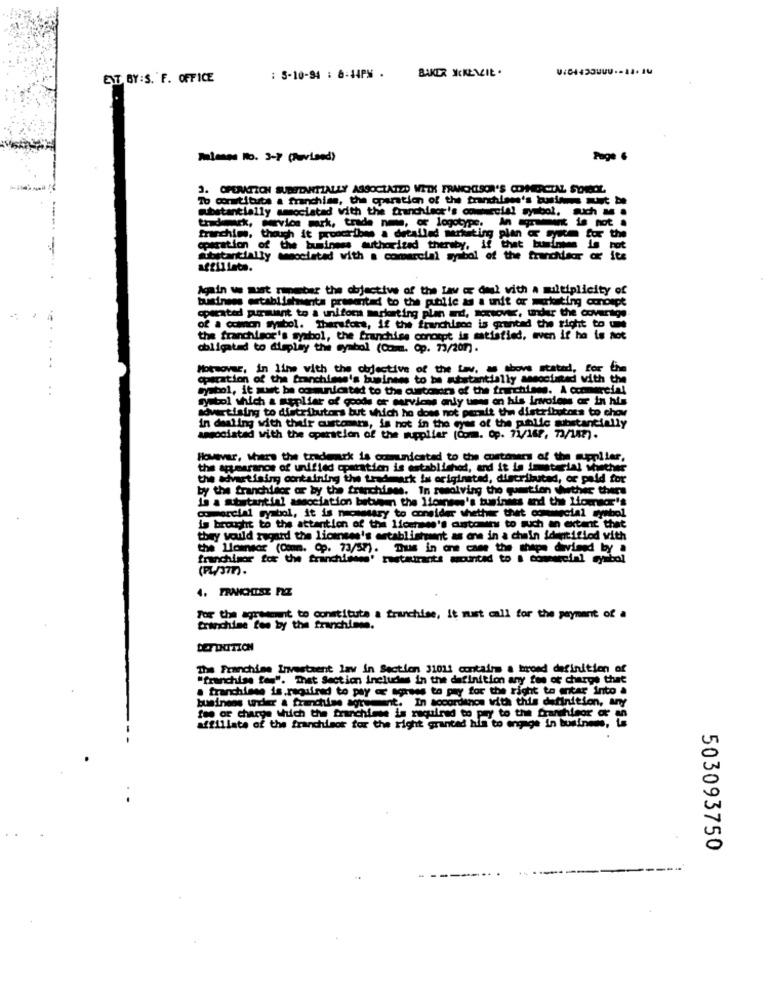
BAKER MCKENZIE .
EXT BY:S. F. OFFICE
: 5-10-94 : 6:44PM .
Planes No. 3-7 (Puvised)
Page 6
3. OPERATION SUBTENNITIALLY ASSOCIATED WITH FRANCIISON'S CHHIERCTAL SOROL
To constitute a franchise, the operation of the franchises's buntes must be
substantially associated with the franchisor's commercial symbol, such M .
trademark, wevice mark, trade ne, of logotype. in ren is not .
franchims, though it proochribes a detailed marketing plan @ cm for the
operation of the business authorized thereby, if that business is net
substantially sesociatad with a comercial symbol of the franchisor or its
affiliate.
Again we must ripeber the objective of the Law or deal with a multiplicity of
business establishments presented to the public as a unit ar marketing concept
operated pursuant to a uniform marketing plan ad, sortover, under the coverage.
of a common symbol. Therefore, If the franchisce is granted the right to the
the franchisor's symbol, the franchise concept is satisfied, even if ho is not
obligated to display the symbol (Comm. Op. 73/2077).
Motwovar, in line with the objective of the Law, as above stated, for Che
operation of the franchisse's business to be whatantially associated with the
Symbol, it must be communicated to the customers of the franchises. A commercial
bol which a Repliar of goods or marviens only unes on his invoions or in his
sovertising to distributors but which he does not parait the distributors to chow
in dealing with their customers, is hot in the eyes of the public substantially
associated with the operation of the meplier [Comm. Op. 71/167, 73/147).
However, where the trademark is communicated to the customers of the supplier,
the armaranos of unified operation is established, and it is imaterial whether
the advertising containing the tradmark is originated, distributad, or paid for
by the franchisor or by the franchises. In resolving the question whether there
In a statantial association between the licenses's business and the liomacr's
comercial symbol, it is necessary to consider whether thet commercial symbol
is brought to the attention of the Iformes's customers to such an extent that
they would regard the licenses's establishment as one in a chain identifiod with
the llomnsor (Comm. Cp. 73/57). Thus in one came the shape divised by a
franchisor for the franchisees' restaurants mounted to a commercial symbol
For the agreement to constitute a franchise, it must call for the payment of a
franchise fee by the franchimme.
DEFINITION
The Franchise Investment lav in Section 31011 contains a broad definition of
"franchise fem". That Section includes in the definition any fee of charge that
. franchisse is.required to pay ar agrees to pay for the right to enter into a
business uncher & franchise agreement. In accordance with this definition, any
fee of charge which the franchise is required to pay to the franchisor of an
affiliate of the franchisor for the right granted his to engage in business,
503093750